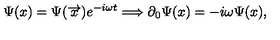
\Psi ( x ) = \Psi ( \overrightarrow { x } ) e ^ { - i \omega t } \Longrightarrow \partial _ { 0 } \Psi ( x ) = - i \omega \Psi ( x ) ,